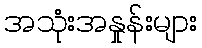
အသုံးအနှုန်းများ